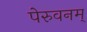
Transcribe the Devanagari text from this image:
पेरुवनम्